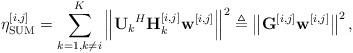
LaTeX: \begin{align*}\eta^{[i,j]}_{\textrm{\textrm{SUM}}} &= \sum_{k=1, k\neq i}^{K} \left\|{\mathbf{U}_k}^{H}\mathbf{H}_{k}^{[i,j]}\mathbf{w}^{[i,j]}\right\|^2\triangleq \left\| \mathbf{G}^{[i,j]} \mathbf{w}^{[i,j]}\right\|^2,\end{align*}